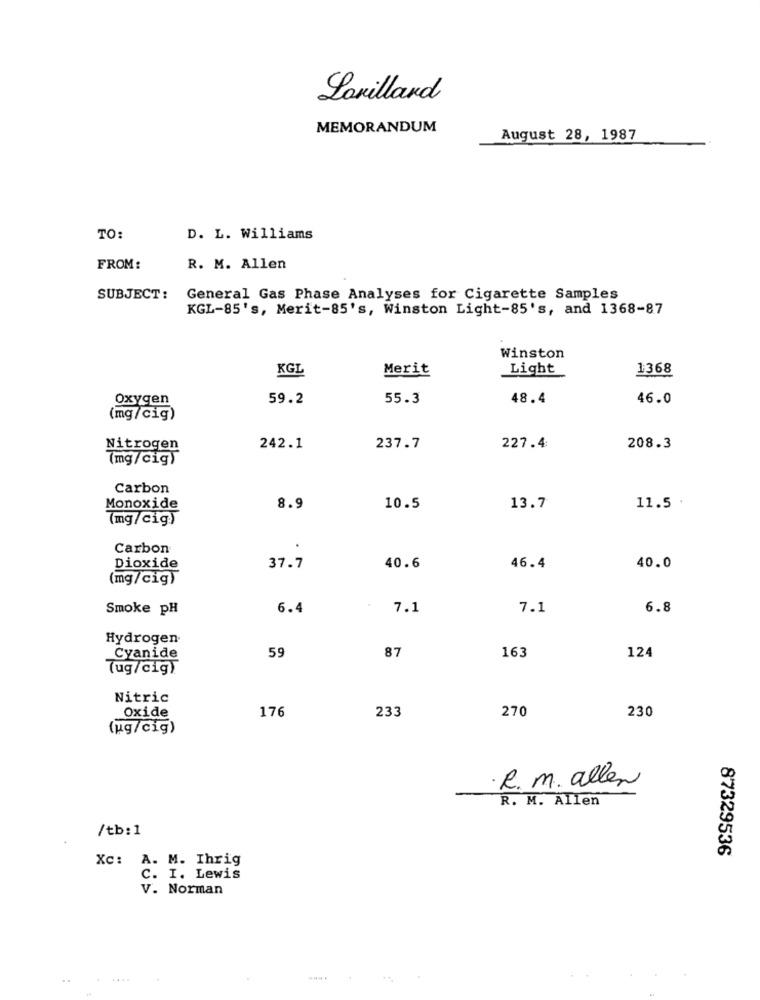
Lonillard
MEMORANDUM
August 28, 1987
TO:
D. L. Williams
FROM:
R. M. Allen
SUBJECT:
General Gas Phase Analyses for Cigarette Samples
KGL-85's, Merit-85's, Winston Light-85's, and 1368-87
Winston
KGL
Merit
Light
1368
Oxygen
59.2
55.3
48.4
46.0
(mg/cig)
Nitrogen
242.1
237.7
227.4
208.3
(mg/cig)
Carbon
Monoxide
8.9
10.5
13.7
11.5
(mg/cig)
Carbon
Dioxide
37.7
40.6
46.4
40.0
(mg/cig)
Smoke pH
6.4
7.1
7.1
6.8
Hydrogen
59
87
Cyanide
163
124
(ug/cig)
Nitric
176
233
270
230
Oxide
(ug/cig)
.R. m. allen
R. M. Allen
/tb: 1
87329536
Xc: A. M. Ihrig
C. I. Lewis
V. Norman
....